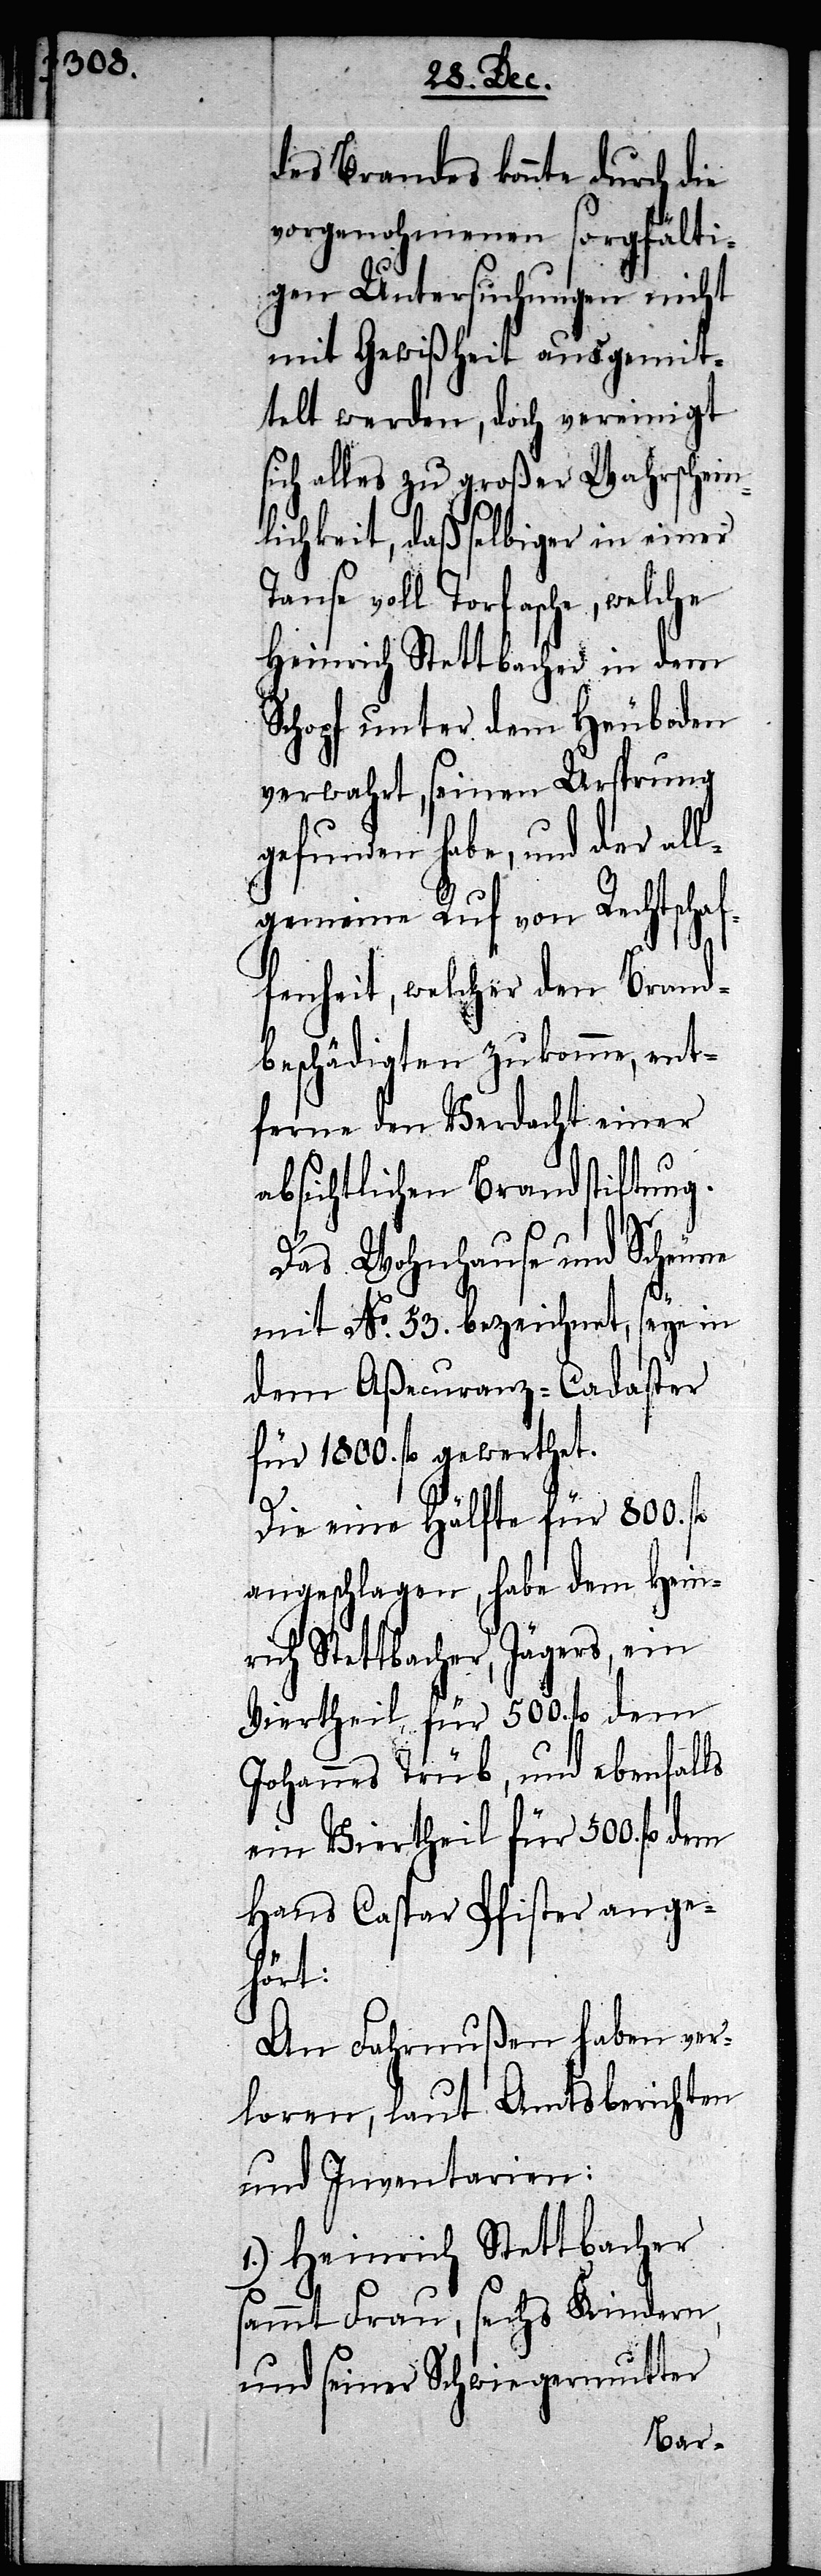
des Brandes könnte durch die
vorgenohmenen sorgfälti¬
gen Untersuchungen nicht
mit Gewißheit ausgemit¬
telt werden, doch vereinigt
sich alles zu großer Wahrschein¬
lichkeit, daß selbiger in einer
Tanse voll Torfasche, welche
Heinrich Stettbacher in dem
Schopf unter dem Heuboden
verwahrt, seinen Ursprung
gefunden habe, und der all¬
gemeine Ruf von Rechtschaf¬
fenheit, welcher den Brand¬
beschädigten zukomme, ent¬
ferne den Verdacht einer
absichtlichen Brandstiftung.
Das Wohnhause und Scheune
mit No. 53. bezeichnet, seye in
dem Aßecuranz-Cadaster
für 1800. fl gewerthet.
Die eine Hälfte für 800. fl
angeschlagen, habe dem Heinri¬
ch Stettbacher, Jägers, ein
Viertheil für 500. fl dem
Johannes Trüb, und ebenfalls
ein Viertheil für 500. fl dem
Hans Caspar Pfister ange¬
hört.
An Fahrnußen haben ver¬
loren, laut Amtsberichten
und Inventarien:
1.) Heinrich Stettbacher
sammt Frau, sechs Kindern,
und seiner Schwiegermutter